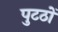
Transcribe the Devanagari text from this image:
पुटठों